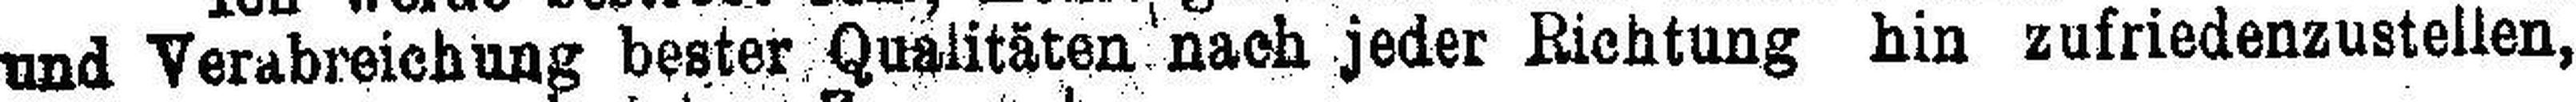
und Verabreichung bester Qualitäten nach jeder Richtung hin zufriedenzustellen,